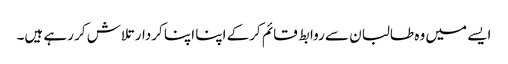
ایسے میں وہ طالبان سے روابط قائم کرکے اپنا اپنا کردار تلاش کر رہے ہیں۔